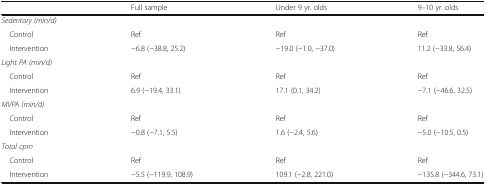
<table><thead><tr><td></td><td><b>Full sample</b></td><td><b>Under 9 yr. olds</b></td><td><b>9–10 yr. olds</b></td></tr></thead><tbody><tr><td colspan="4"><i>Sedentary (min/d)</i></td></tr><tr><td> Control</td><td>Ref</td><td>Ref</td><td>Ref</td></tr><tr><td> Intervention</td><td>−6.8 (−38.8, 25.2)</td><td>−19.0 (−1.0, −37.0)</td><td>11.2 (−33.8, 56.4)</td></tr><tr><td colspan="4"><i>Light PA (min/d)</i></td></tr><tr><td> Control</td><td>Ref</td><td>Ref</td><td>Ref</td></tr><tr><td> Intervention</td><td>6.9 (−19.4, 33.1)</td><td>17.1 (0.1, 34.2)</td><td>−7.1 (−46.6, 32.5)</td></tr><tr><td colspan="4"><i>MVPA (min/d)</i></td></tr><tr><td> Control</td><td>Ref</td><td>Ref</td><td>Ref</td></tr><tr><td> Intervention</td><td>−0.8 (−7.1, 5.5)</td><td>1.6 (−2.4, 5.6)</td><td>−5.0 (−10.5, 0.5)</td></tr><tr><td colspan="4"><i>Total cpm</i></td></tr><tr><td> Control</td><td>Ref</td><td>Ref</td><td>Ref</td></tr><tr><td> Intervention</td><td>−5.5 (−119.9, 108.9)</td><td>109.1 (−2.8, 221.0)</td><td>−135.8 (−344.6, 73.1)</td></tr></tbody></table>